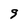
Character: 9